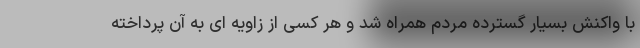
با واکنش بسیار گسترده مردم همراه شد و هر کسی از زاویه ای به آن پرداخته